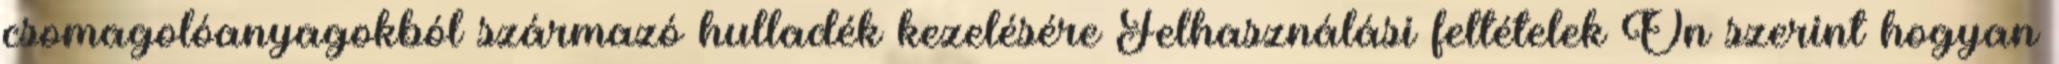
csomagolóanyagokból származó hulladék kezelésére Felhasználási feltételek Ön szerint hogyan